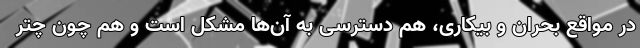
در مواقع بحران و بیکاری، هم دسترسی به آن‌ها مشکل است و هم چون چتر